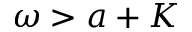
\omega > a + K